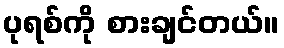
ပုရစ်ကို စားချင်တယ်။